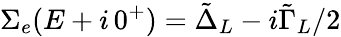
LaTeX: \Sigma_{e}(E+i\, 0^{+})=\tilde{\Delta}_{L}-i\tilde{\Gamma}_{L}/2